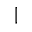
|